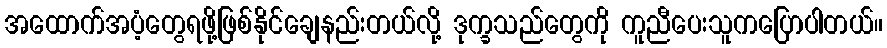
အထောက်အပံ့တွေရဖို့ဖြစ်နိုင်ချေနည်းတယ်လို့ ဒုက္ခသည်တွေကို ကူညီပေးသူကပြောပါတယ်။